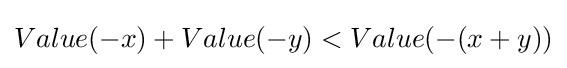
Value(-x)+Value(-y)<Value(-(x+y))